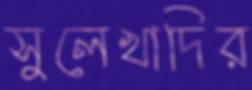
সুলেখাদির